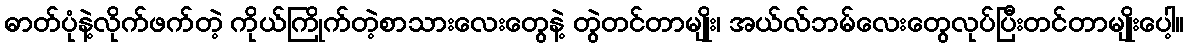
ဓာတ်ပုံနဲ့လိုက်ဖက်တဲ့ ကိုယ်ကြိုက်တဲ့စာသားလေးတွေနဲ့ တွဲတင်တာမျိုး၊ အယ်လ်ဘမ်လေးတွေလုပ်ပြီးတင်တာမျိုးပေါ့။